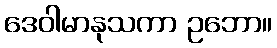
ဒေဝါမာနုသကာ ဥဘော။